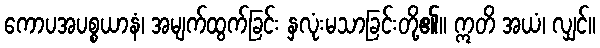
ကောပအပစ္စယာနံ၊ အမျက်ထွက်ခြင်း နှလုံးမသာခြင်းတို့၏။ ဣတိ အယံ၊ လျှင်။